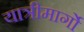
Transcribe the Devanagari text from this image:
यात्रीमार्गो